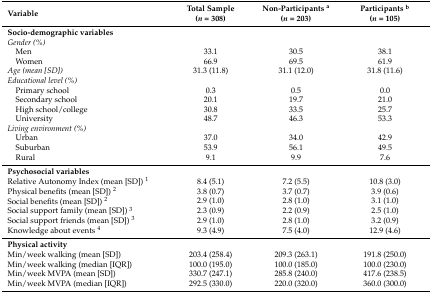
| Variable | Total Sample (n = 308) | Non-Participants a(n = 203) | Participants b(n = 105) |
 | --- | --- | --- | --- |
 | Socio-demographic variables |  |  |  |
 | Gender (%) |  |  |  |
 | Men | 33.1 | 30.5 | 38.1 |
 | Women | 66.9 | 69.5 | 61.9 |
 | Age (mean [SD]) | 31.3 (11.8) | 31.1 (12.0) | 31.8 (11.6) |
 | Educational level (%) |  |  |  |
 | Primary school | 0.3 | 0.5 | 0.0 |
 | Secondary school | 20.1 | 19.7 | 21.0 |
 | High school/college | 30.8 | 33.5 | 25.7 |
 | University | 48.7 | 46.3 | 53.3 |
 | Living environment (%) |  |  |  |
 | Urban | 37.0 | 34.0 | 42.9 |
 | Suburban | 53.9 | 56.1 | 49.5 |
 | Rural | 9.1 | 9.9 | 7.6 |
 | Psychosocial variables |  |  |  |
 | Relative Autonomy Index (mean [SD]) 1 | 8.4 (5.1) | 7.2 (5.5) | 10.8 (3.0) |
 | Physical benefits (mean [SD]) 2 | 3.8 (0.7) | 3.7 (0.7) | 3.9 (0.6) |
 | Social benefits (mean [SD]) 2 | 2.9 (1.0) | 2.8 (1.0) | 3.1 (1.0) |
 | Social support family (mean [SD]) 3 | 2.3 (0.9) | 2.2 (0.9) | 2.5 (1.0) |
 | Social support friends (mean [SD]) 3 | 2.9 (1.0) | 2.8 (1.0) | 3.2 (0.9) |
 | Knowledge about events 4 | 9.3 (4.9) | 7.5 (4.0) | 12.9 (4.6) |
 | Physical activity |  |  |  |
 | Min/week walking (mean [SD]) | 203.4 (258.4) | 209.3 (263.1) | 191.8 (250.0) |
 | Min/week walking (median [IQR]) | 100.0 (195.0) | 100.0 (185.0) | 100.0 (230.0) |
 | Min/week MVPA (mean [SD]) | 330.7 (247.1) | 285.8 (240.0) | 417.6 (238.5) |
 | Min/week MVPA (median [IQR]) | 292.5 (330.0) | 220.0 (320.0) | 360.0 (300.0) |